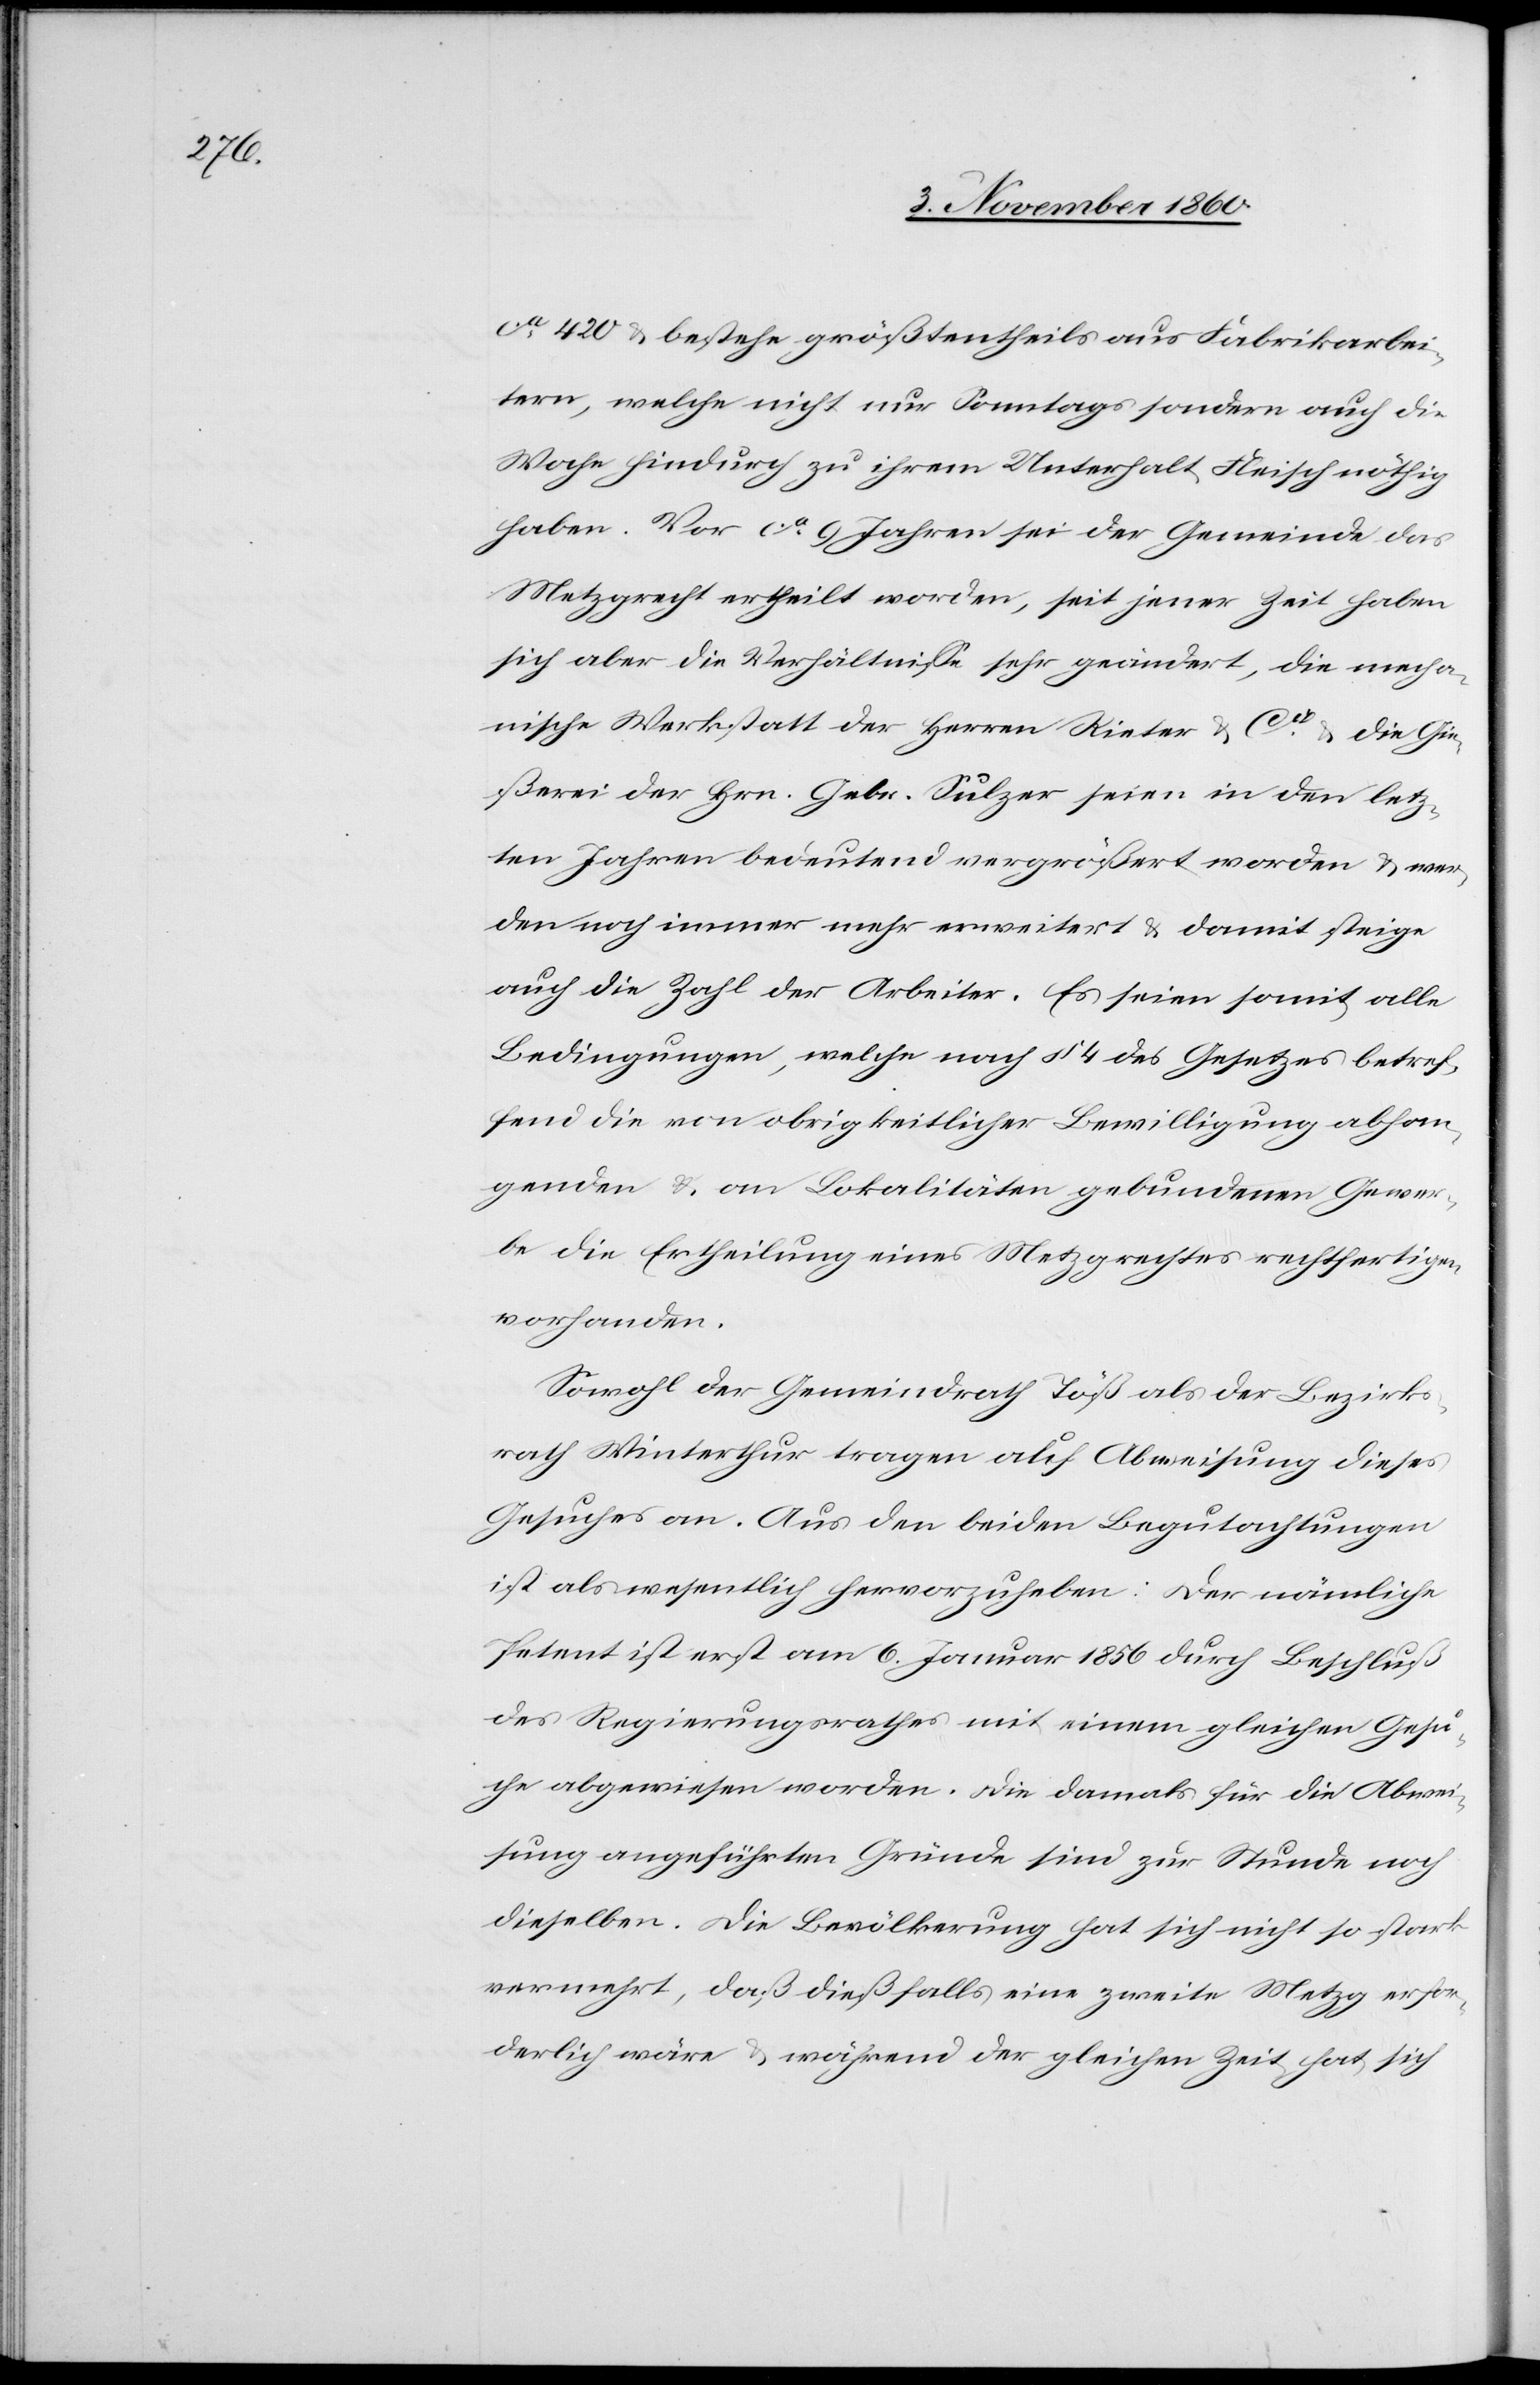
ca 420 u. bestehe größtentheils aus Fabrikarbei¬
tern, welche nicht nur Sonntags sondern auch die
Woche hindurch zu ihrem Unterhalt Fleisch nöthig
haben. Vor ca 9 Jahren sei der Gemeinde das
Metzgrecht ertheilt worden, seit jener Zeit haben
sich aber die Verhältnisse sehr geändert, die mecha¬
nische Werkstatt der Herren Rieter & Cie u. die Gie¬
ßerei der Hrn. Gebr. Sulzer seien in den letz¬
ten Jahren bedeutend vergrößert worden u. wer¬
den noch immer mehr erweitert u. damit steige
auch die Zahl der Arbeiter. Es seien somit alle
Bedingungen, welche nach § 4 des Gesetzes betref¬
fend die von obrigkeitlicher Bewilligung abhan¬
genden u. an Lokalitäten gebundenen Gewer¬
be die Ertheilung eines Metzgrechtes rechtfertigen
vorhanden.
Sowohl der Gemeindrath Töß als der Bezirks¬
rath Winterthur tragen auf Abweisung dieses
Gesuches an. Aus den beiden Begutachtungen
ist als wesentlich hervorzuheben: Der nämliche
Petent ist erst am 6. Januar 1856 durch Beschluß
des Regierungsrathes mit einem gleichen Gesu¬
che abgewiesen worden. Die damals für die Abwei¬
sung angeführten Gründe sind zur Stunde noch
dieselben. Die Bevölkerung hat sich nicht so stark
vermehrt, daß dießfalls eine zweite Metzg erfor¬
derlich wäre u. während der gleichen Zeit hat sich